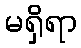
မရှိရာ